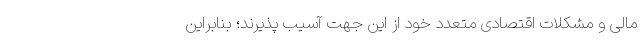
مالی و مشکلات اقتصادی متعدد خود از این جهت آسیب پذیرند؛ بنابراین